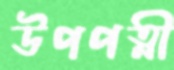
উপপত্নী